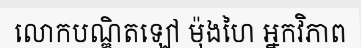
លោកបណ្ឌិតឡៅ ម៉ុងហៃ អ្នកវិភាព